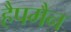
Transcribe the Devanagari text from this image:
हैपमैन